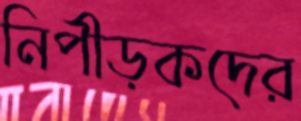
নিপীড়কদের